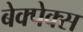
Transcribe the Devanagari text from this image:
बेक्पेक्स